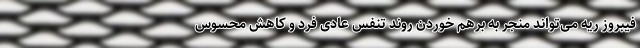
فیبروز ریه می‌تواند منجر به برهم خوردن روند تنفس عادی فرد و کاهش محسوس